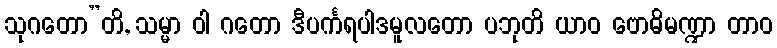
သုဂတော”တိ, သမ္မာ ဝါ ဂတော ဒီပင်္ကရပါဒမူလတော ပဘုတိ ယာဝ ဗောဓိမဏ္ဍာ တာဝ